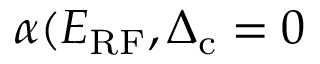
\alpha ( E _ { \mathrm { R F } } , \Delta _ { \mathrm { c } } = 0